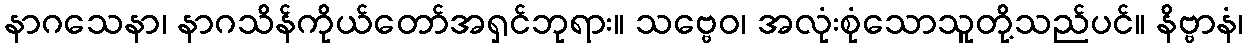
နာဂသေနာ၊ နာဂသိန်ကိုယ်တော်အရှင်ဘုရား။ သဗ္ဗေဝ၊ အလုံးစုံသောသူတို့သည်ပင်။ နိဗ္ဗာနံ၊